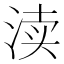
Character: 渎